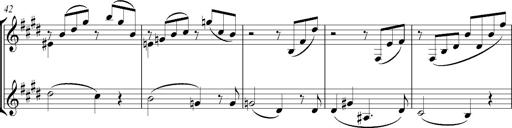
Title: Consolations
Composer: Franz Liszt